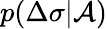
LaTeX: p(\Delta\sigma|\mathcal{A})